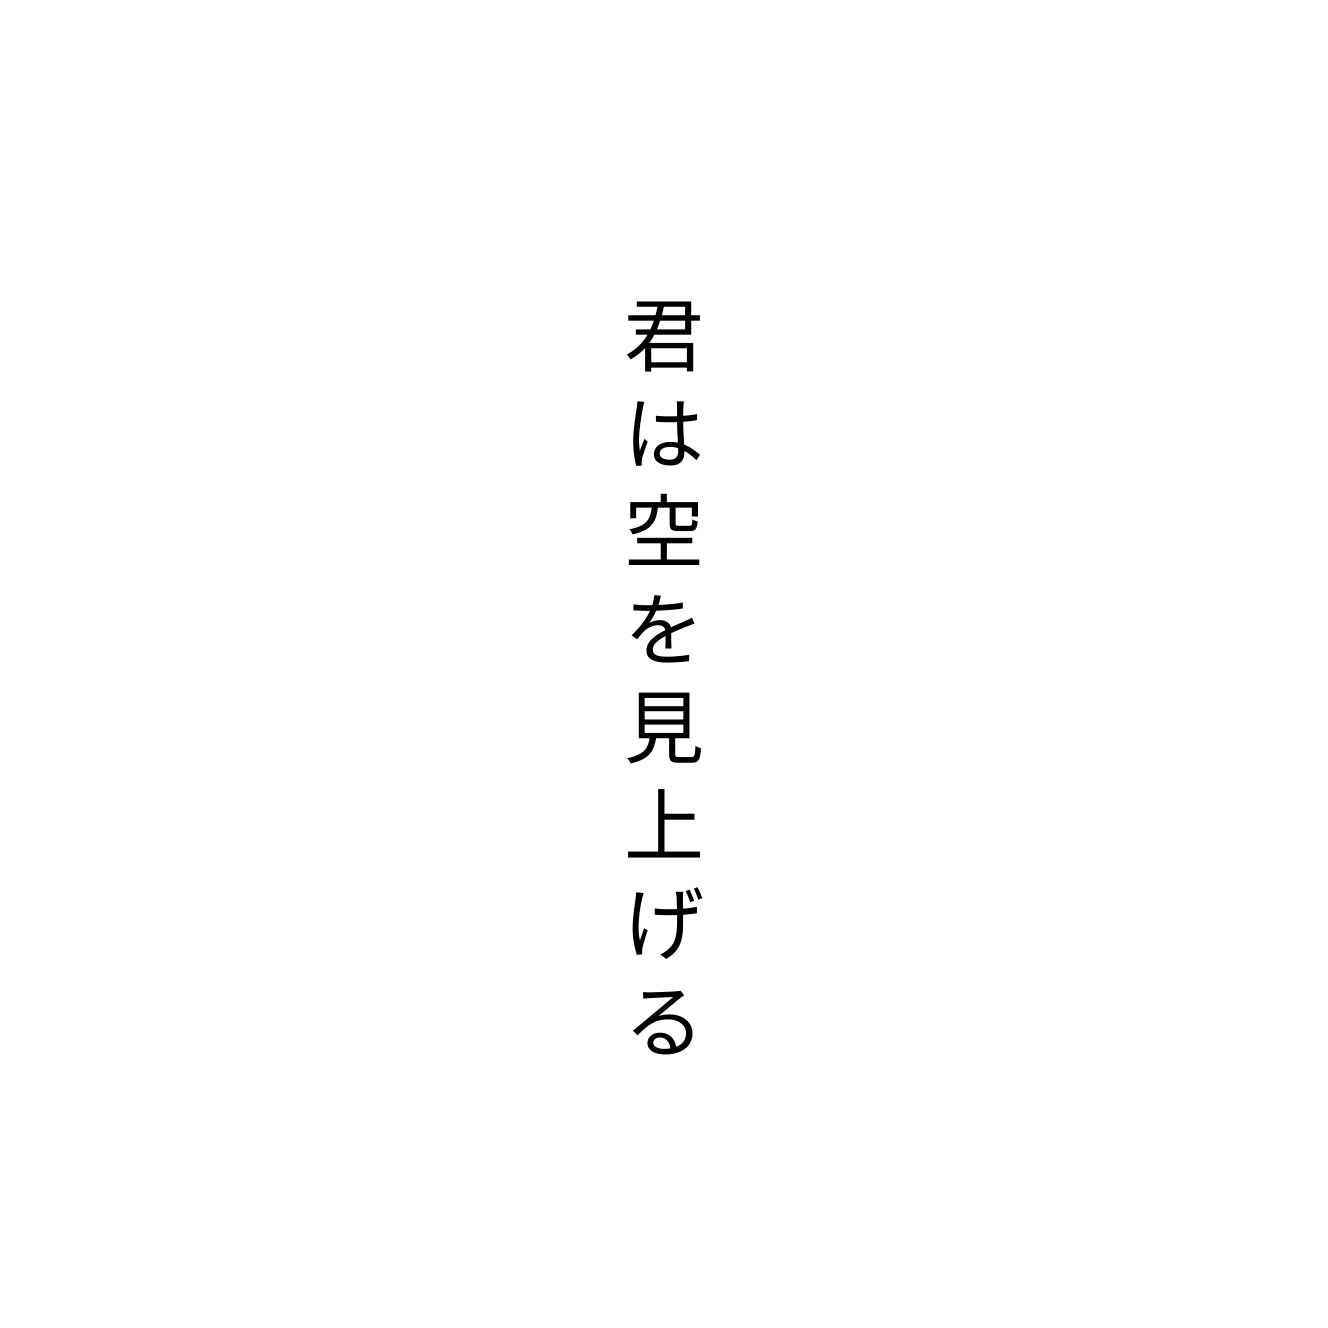
君は空を見上げる